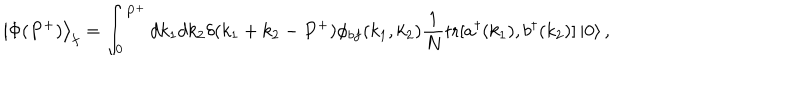
\left\vert \Phi ( P ^ { + } ) \right\rangle _ { f } = \int _ { 0 } ^ { P ^ { + } } d k _ { 1 } d k _ { 2 } \delta ( k _ { 1 } + k _ { 2 } - P ^ { + } ) \phi _ { b f } ( k _ { 1 } , k _ { 2 } ) { \frac { 1 } { N } } \mathrm { t r } [ a ^ { \dagger } ( k _ { 1 } ) , b ^ { \dagger } ( k _ { 2 } ) ] \left\vert 0 \right\rangle ,